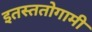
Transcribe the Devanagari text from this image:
इतस्ततोगामी